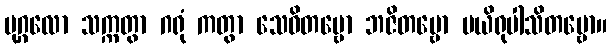
ပုဂ္ဂလော သက္ကတွာ ဂရုံ ကတွာ သေဝိတဗ္ဗော ဘဇိတဗ္ဗော ပယိရုပါသိတဗ္ဗော။